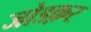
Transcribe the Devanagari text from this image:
जोडक़र